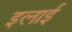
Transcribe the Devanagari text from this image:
इलाई